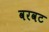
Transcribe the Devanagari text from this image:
वरवट